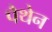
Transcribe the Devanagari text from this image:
पैथेन